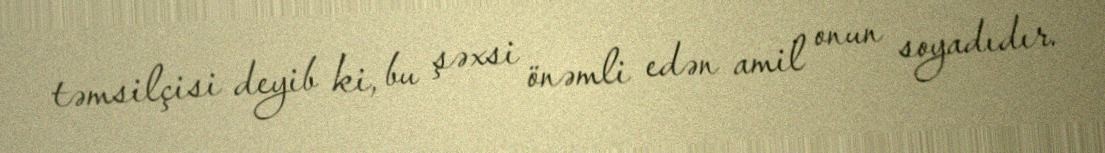
təmsilçisi deyib ki, bu şəxsi önəmli edən amil onun soyadıdır.